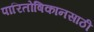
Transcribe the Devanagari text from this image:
पारितोषिकानसाठी